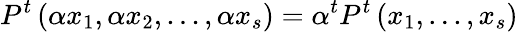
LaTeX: P^{t}\left(\alpha x_{1},\alpha x_{2},...,\alpha x_{s}\right)={\alpha}^{t}P^{t}\left(x_{1},...,x_{s}\right)